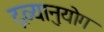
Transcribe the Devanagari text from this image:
द्रव्यानुयोग